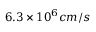
6 . 3 \times 1 0 ^ { 6 } c m / s